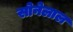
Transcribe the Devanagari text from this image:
सोनेलाल